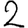
Digit: 2